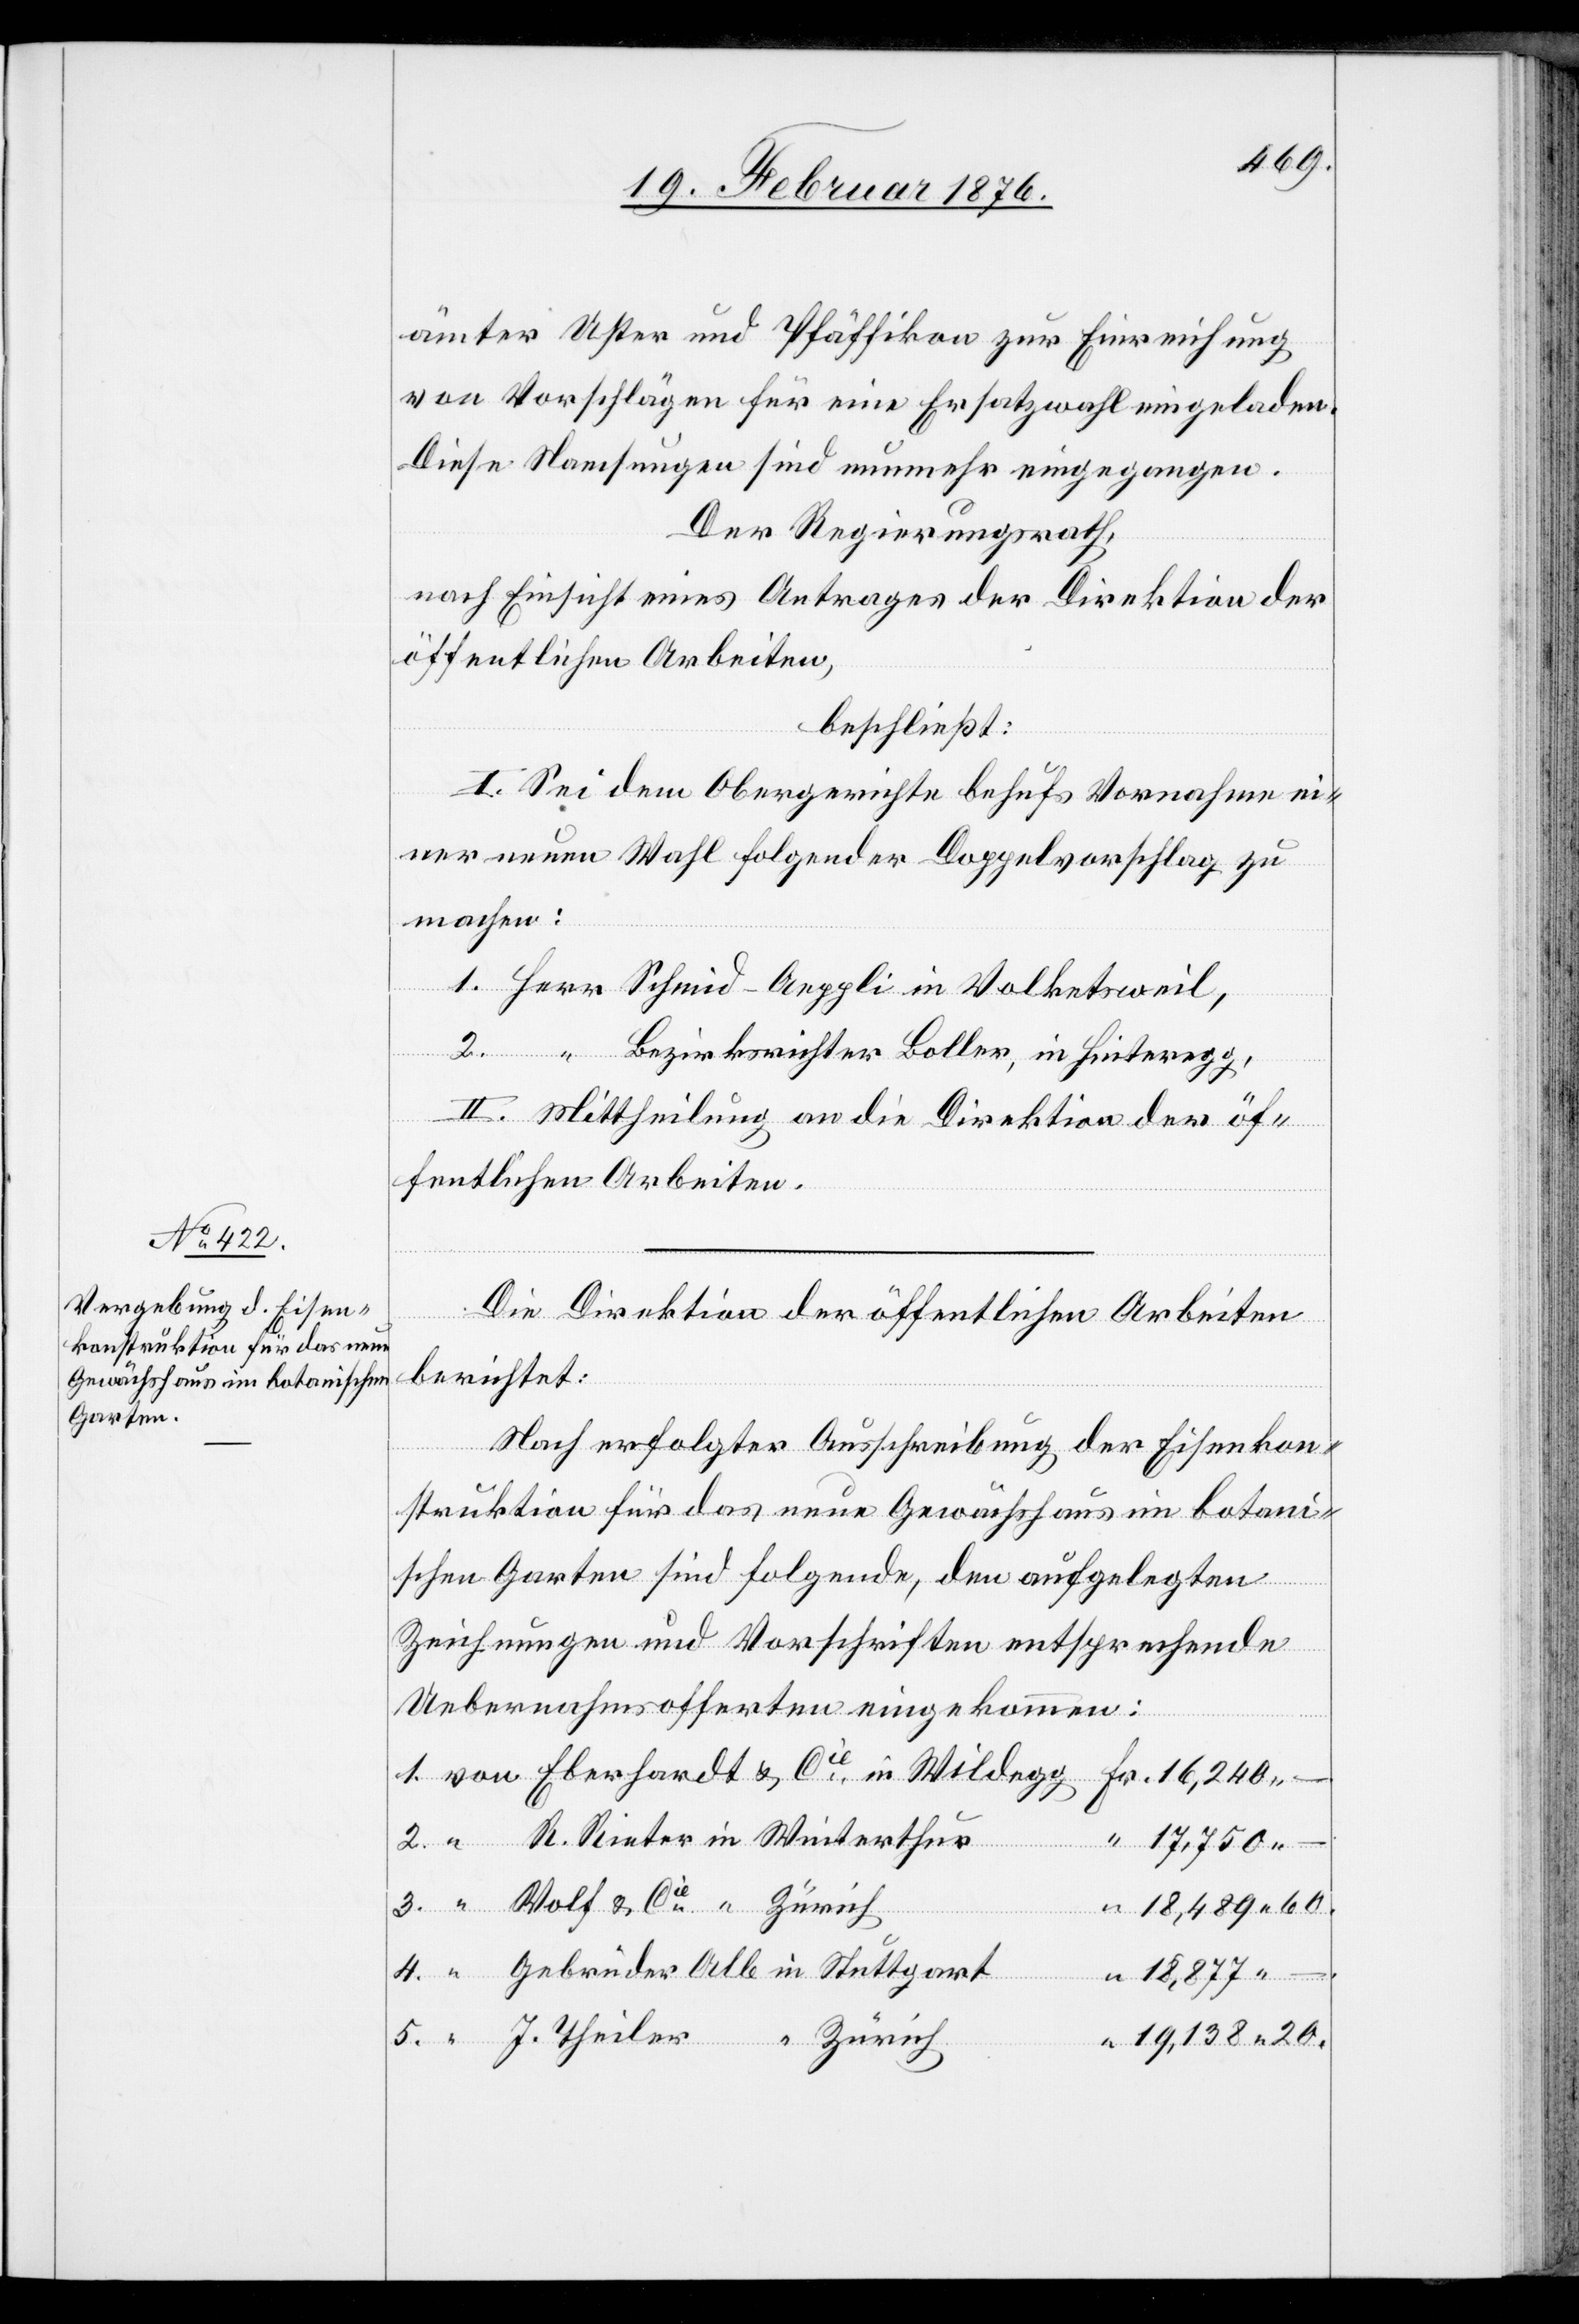
ämter Uster und Pfäffikon zur Einreichung
von Vorschlägen für eine Ersatzwahl eingeladen.
Diese Namsungen sind nunmehr eingegangen.
Der Regierungsrath,
nach Einsicht eines Antrages der Direktion der
öffentlichen Arbeiten,
beschließt:
I. Sei dem Obergerichte behufs Vornahme ei¬
ner neuen Wahl folgender Doppelvorschlag zu
machen:
Wolf
Bezirksrichter Boller, in Hinteregg,
II. Mittheilung an die Direktion der öf¬
fentlichen Arbeiten.
Die Direktion der öffentlichen Arbeiten
berichtet:
Nach erfolgter Ausschreibung der Eisenkon¬
struktion für das neue Gewächshaus im botani¬
schen Garten sind folgende, den aufgelegten
Zeichnungen und Vorschriften entsprechende
Uebernahmsofferten eingekommen:
Cie
Rieter
5.
20.
–
18,877